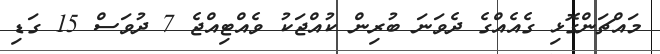
މައްޗަންގޮޅި ގެއެއްގެ ދެވަނަ ބުރިން ކުއްޖަކު ވެއްޓިއްޖެ 7 ދުވަސް 15 ގަޑި